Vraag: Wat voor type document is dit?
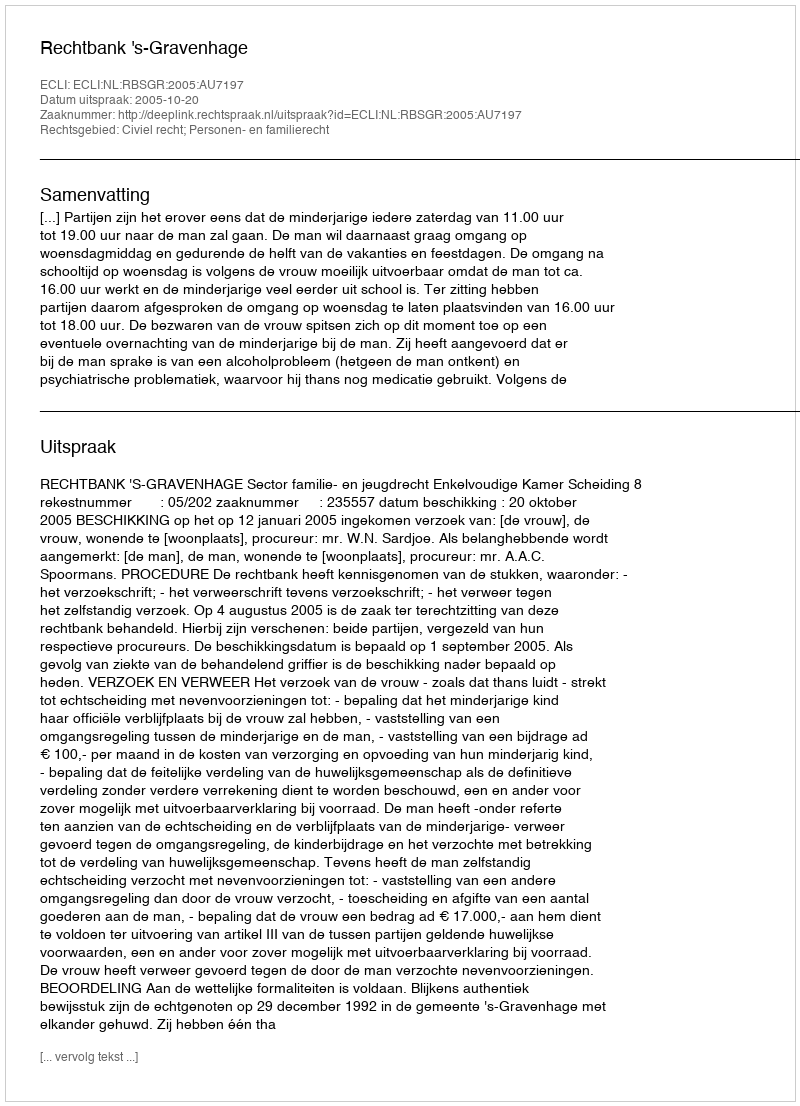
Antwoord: Uitspraak